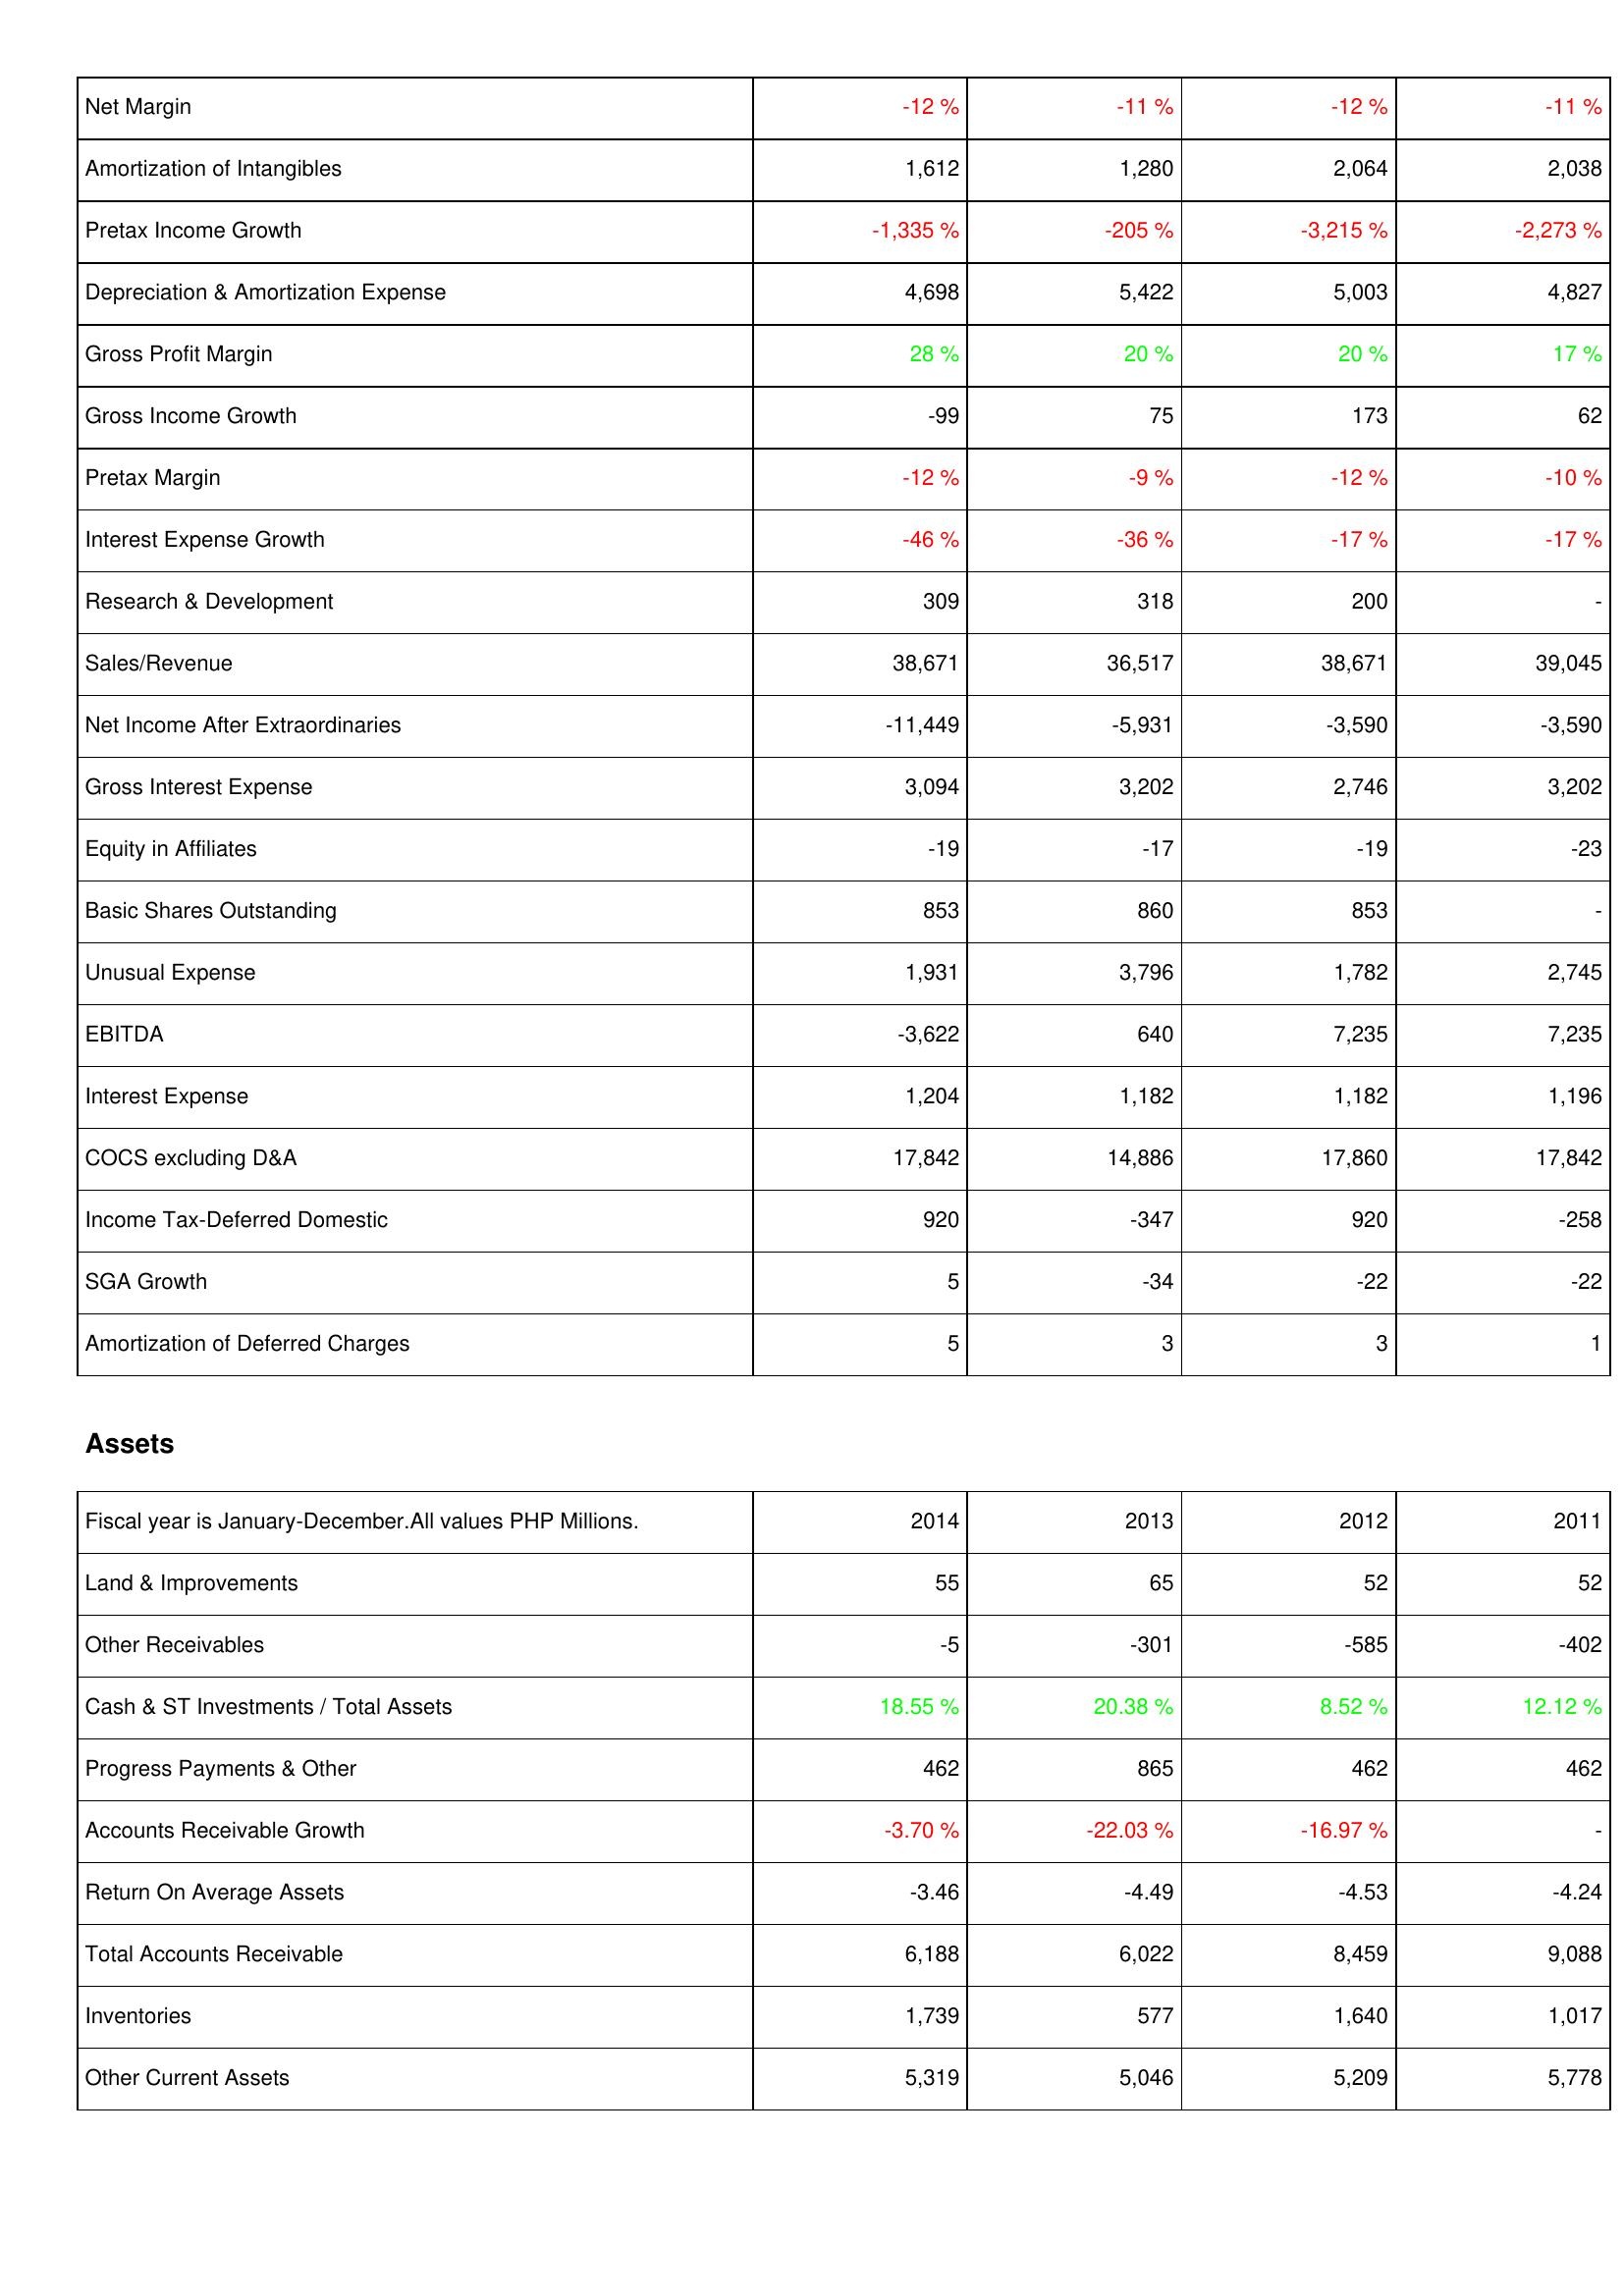
2014: Income Statement: Net Margin: -12 %
Amortization of Intangibles: 1,612
Pretax Income Growth: -1,335 %
Depreciation & Amortization Expense: 4,698
Gross Profit Margin: 28 %
Gross Income Growth: -99
Pretax Margin: -12 %
Interest Expense Growth: -46 %
Research & Development: 309
Sales/Revenue: 38,671
Net Income After Extraordinaries: -11,449
Gross Interest Expense: 3,094
Equity in Affiliates: -19
Basic Shares Outstanding: 853
Unusual Expense: 1,931
EBITDA: -3,622
Interest Expense: 1,204
COCS excluding D&A: 17,842
Income Tax-Deferred Domestic: 920
SGA Growth: 5
Amortization of Deferred Charges: 5
Assets: Land & Improvements: 55
Other Receivables: -5
Cash & ST Investments / Total Assets: 18.55 %
Progress Payments & Other: 462
Accounts Receivable Growth: -3.70 %
Return On Average Assets: -3.46
Total Accounts Receivable: 6,188
Inventories: 1,739
Other Current Assets: 5,319
2013: Income Statement: Net Margin: -11 %
Amortization of Intangibles: 1,280
Pretax Income Growth: -205 %
Depreciation & Amortization Expense: 5,422
Gross Profit Margin: 20 %
Gross Income Growth: 75
Pretax Margin: -9 %
Interest Expense Growth: -36 %
Research & Development: 318
Sales/Revenue: 36,517
Net Income After Extraordinaries: -5,931
Gross Interest Expense: 3,202
Equity in Affiliates: -17
Basic Shares Outstanding: 860
Unusual Expense: 3,796
EBITDA: 640
Interest Expense: 1,182
COCS excluding D&A: 14,886
Income Tax-Deferred Domestic: -347
SGA Growth: -34
Amortization of Deferred Charges: 3
Assets: Land & Improvements: 65
Other Receivables: -301
Cash & ST Investments / Total Assets: 20.38 %
Progress Payments & Other: 865
Accounts Receivable Growth: -22.03 %
Return On Average Assets: -4.49
Total Accounts Receivable: 6,022
Inventories: 577
Other Current Assets: 5,046
2012: Income Statement: Net Margin: -12 %
Amortization of Intangibles: 2,064
Pretax Income Growth: -3,215 %
Depreciation & Amortization Expense: 5,003
Gross Profit Margin: 20 %
Gross Income Growth: 173
Pretax Margin: -12 %
Interest Expense Growth: -17 %
Research & Development: 200
Sales/Revenue: 38,671
Net Income After Extraordinaries: -3,590
Gross Interest Expense: 2,746
Equity in Affiliates: -19
Basic Shares Outstanding: 853
Unusual Expense: 1,782
EBITDA: 7,235
Interest Expense: 1,182
COCS excluding D&A: 17,860
Income Tax-Deferred Domestic: 920
SGA Growth: -22
Amortization of Deferred Charges: 3
Assets: Land & Improvements: 52
Other Receivables: -585
Cash & ST Investments / Total Assets: 8.52 %
Progress Payments & Other: 462
Accounts Receivable Growth: -16.97 %
Return On Average Assets: -4.53
Total Accounts Receivable: 8,459
Inventories: 1,640
Other Current Assets: 5,209
2011: Income Statement: Net Margin: -11 %
Amortization of Intangibles: 2,038
Pretax Income Growth: -2,273 %
Depreciation & Amortization Expense: 4,827
Gross Profit Margin: 17 %
Gross Income Growth: 62
Pretax Margin: -10 %
Interest Expense Growth: -17 %
Research & Development: -
Sales/Revenue: 39,045
Net Income After Extraordinaries: -3,590
Gross Interest Expense: 3,202
Equity in Affiliates: -23
Basic Shares Outstanding: -
Unusual Expense: 2,745
EBITDA: 7,235
Interest Expense: 1,196
COCS excluding D&A: 17,842
Income Tax-Deferred Domestic: -258
SGA Growth: -22
Amortization of Deferred Charges: 1
Assets: Land & Improvements: 52
Other Receivables: -402
Cash & ST Investments / Total Assets: 12.12 %
Progress Payments & Other: 462
Accounts Receivable Growth: -
Return On Average Assets: -4.24
Total Accounts Receivable: 9,088
Inventories: 1,017
Other Current Assets: 5,778